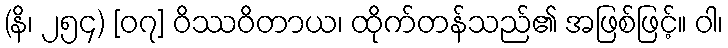
(နိ၊ ၂၅၄) [၀၇] ဝိဿဝိတာယ၊ ထိုက်တန်သည်၏ အဖြစ်ဖြင့်။ ဝါ၊